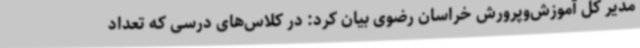
مدیر کل آموزش‌وپرورش خراسان رضوی بیان کرد: در کلاس‌های درسی که تعداد